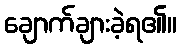
ချောက်ချားခဲ့ရ၏။